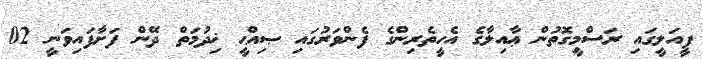
ފީއަލީގައި ރަސްމީގޮތުން ޢާއިލާގެ އެހީތެރިންގެ ފެންވަރުގައި ޞިއްޙީ ޚިދުމަތް ދޭން ފަށާފައިވަނީ 02